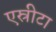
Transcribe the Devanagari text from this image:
एस्रीटा